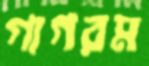
গাগরম